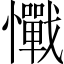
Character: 𢥇